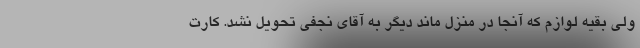
ولی بقیه لوازم که آنجا در منزل ماند دیگر به آقای نجفی تحویل نشد. کارت